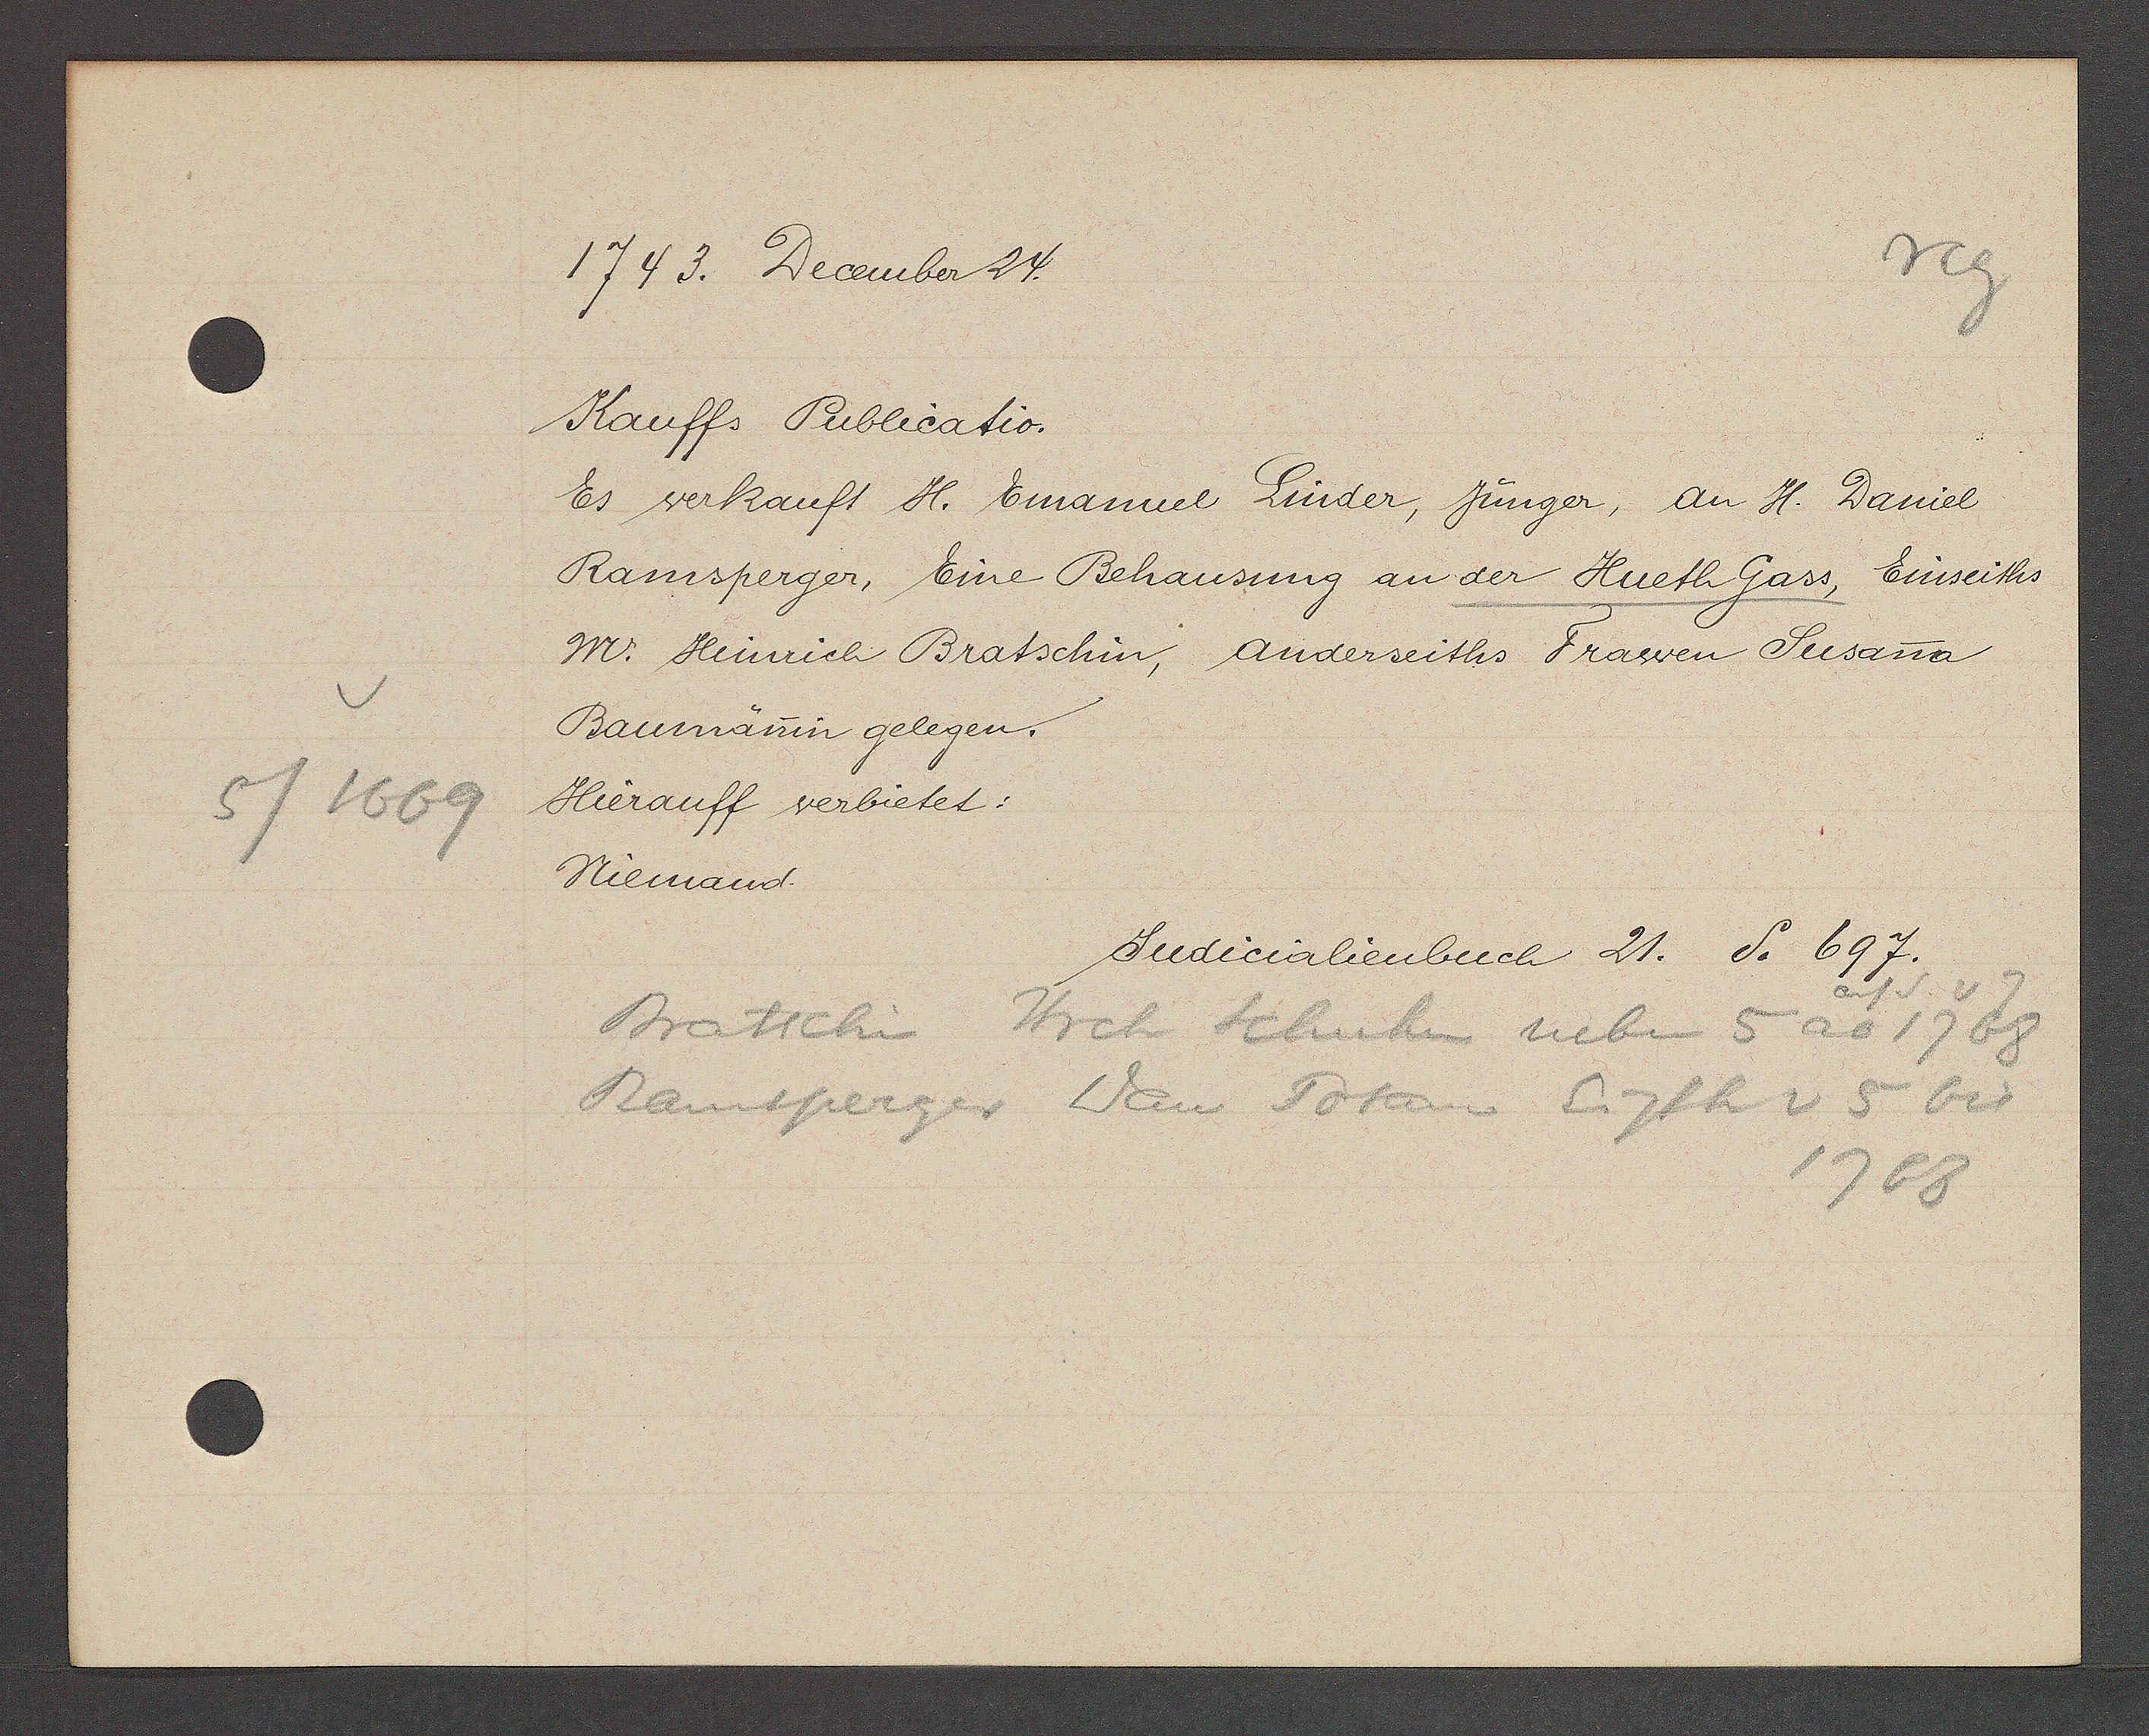
Transcript:
5/1669

1743. December 24.

Kauffs Publicatio.
Es verkauft H. Emanuel Linder, jünger, an H. Daniel
Ramsperger, Eine Behausung an der Hueth Gass, Einseiths
Mr. Heinrich Bratschin, anderseiths Frawen Susana
Baumänin gelegen.
Hierauff verbietet:
Niemand.

Judicalienbuch 21. S. 697.

auf S. v 7
Bratschin
Hrch Schuhen neben 5 ao 1768
Ramsperger Dan Totam Eigth v 5 bis
1768